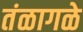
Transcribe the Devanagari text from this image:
तंळागळे